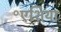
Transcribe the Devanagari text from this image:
॰एशिया